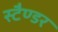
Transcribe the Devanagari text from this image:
स्टैण्डर